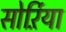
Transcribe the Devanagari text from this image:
सोर्ऱिया